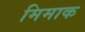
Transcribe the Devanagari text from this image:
मिमाक